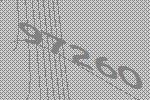
97260